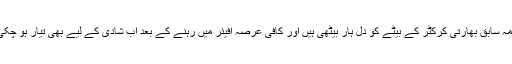
محترمہ سابق بھارتی کرکٹر کے بیٹے کو دل ہار بیٹھی ہیں اور کافی عرصہ افیئر میں رہنے کے بعد اب شادی کے لیے بھی تیار ہو چکی ہیں۔